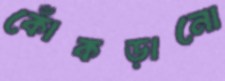
কোঁকড়ানো